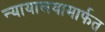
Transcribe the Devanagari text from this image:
न्यायालयामार्फत